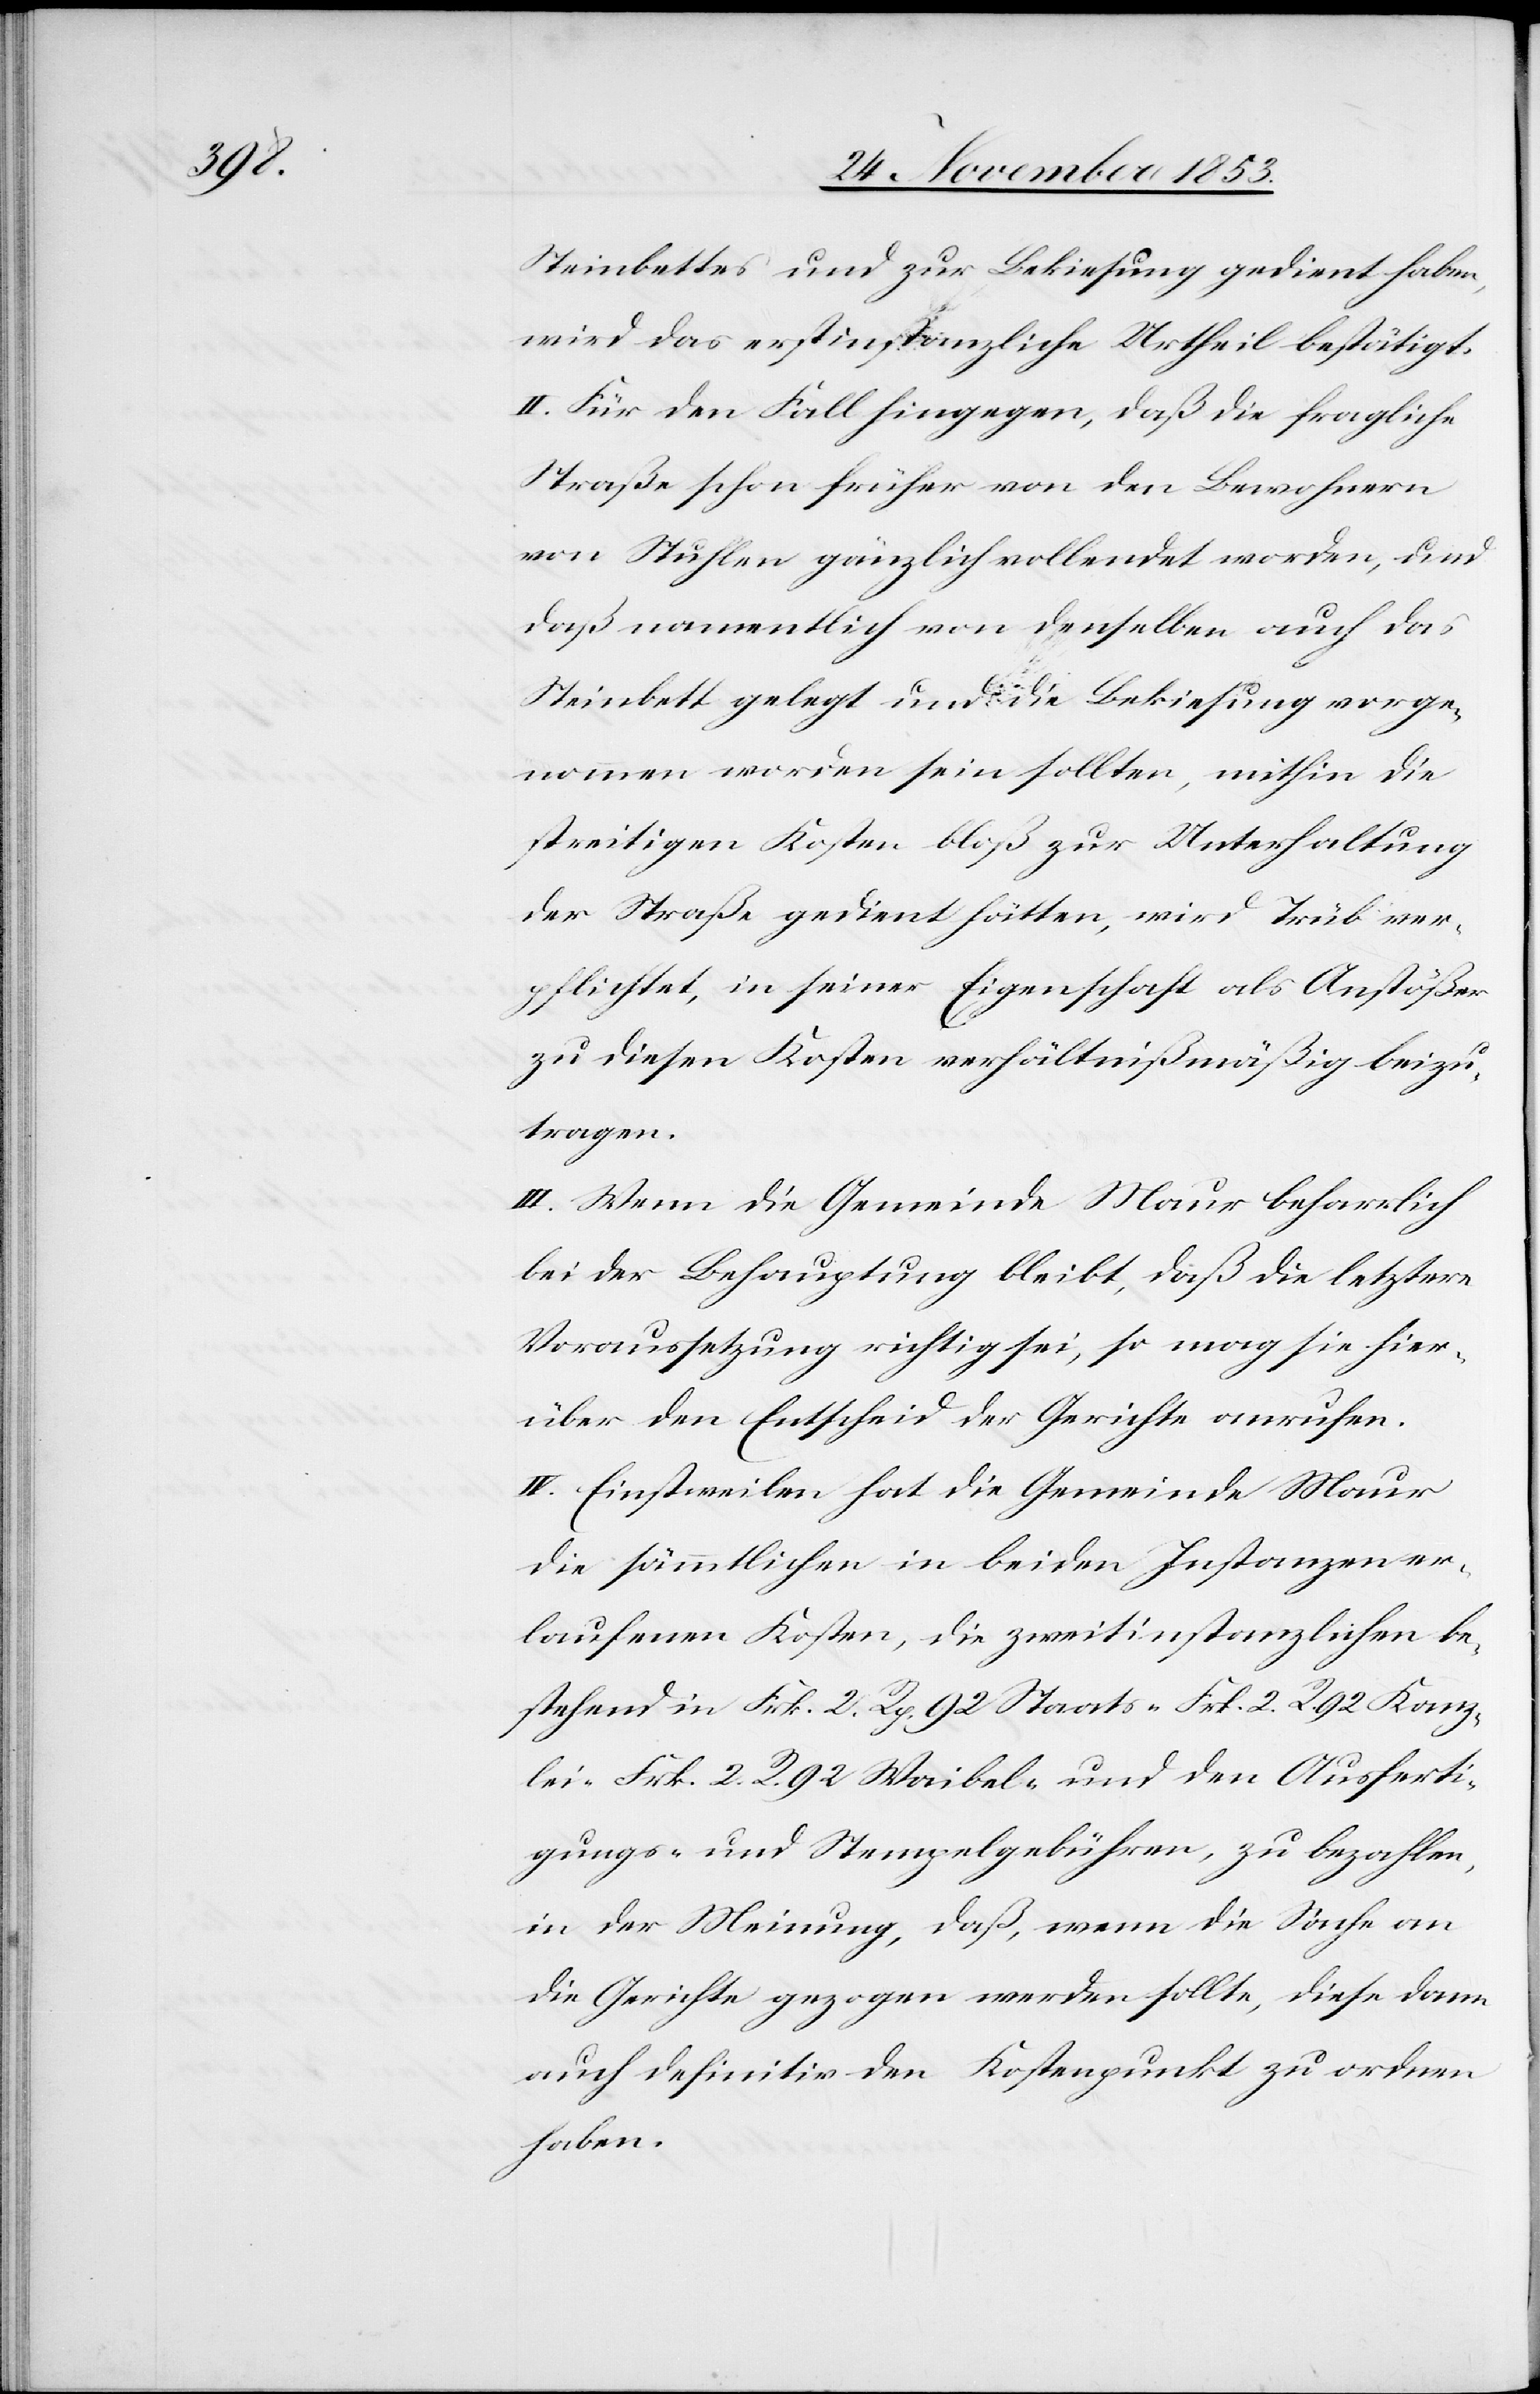
Steinbettes und zur Bekiesung gedient haben,
wird das erstinstanzliche Urtheil bestätigt.
II. Für den Fall hingegen, daß die fragliche
Straße schon früher von den Bewohnern
von Stuhlen gänzlich vollendet worden, und
daß namentlich von denselben auch das
Steinbett gelegt und die Bekiesung vorge¬
nommen worden sein sollten, mithin die
streitigen Kosten bloß zur Unterhaltung
der Straße gedient hätten, wird Trüb ver¬
pflichtet, in seiner Eigenschaft als Anstößer
zu diesen Kosten verhältnißmäßig beizu¬
tragen.
III. Wenn die Gemeinde Maur beharrlich
bei der Behauptung bleibt, daß die letztere
Voraussetzung richtig sei, so mag sie hier¬
über den Entscheid der Gerichte anrufen.
IV. Einstweilen hat die Gemeinde Maur
die sämmtlichen in beiden Instanzen er¬
laufenen Kosten, die zweitinstanzlichen be¬
stehend in Frk. 2 Rp. 92 Staats- Frk. 2 R. 92 Kanz¬
lei- Frk. 2 R. 92 Waibel- und den Ausferti¬
gungs- u. Stempelgebühren, zu bezahlen,
in der Meinung, daß, wenn die Sache an
die Gerichte gezogen werden sollte, diese dann
auch definitiv den Kostenpunkt zu ordnen
haben.